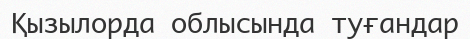
Қызылорда облысында туғандар